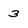
Character: 3